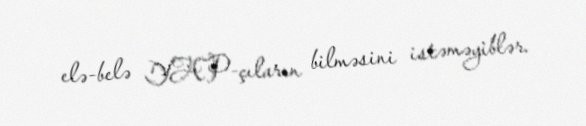
elə-belə YAP-çıların bilməsini istəməyiblər.